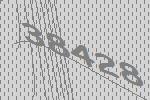
38428